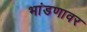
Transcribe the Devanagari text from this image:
भांडणावर